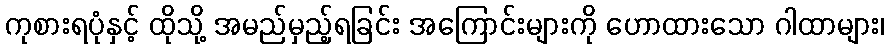
ကုစားရပုံနှင့် ထိုသို့ အမည်မှည့်ရခြင်း အကြောင်းများကို ဟောထားသော ဂါထာများ၊